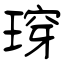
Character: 瑏